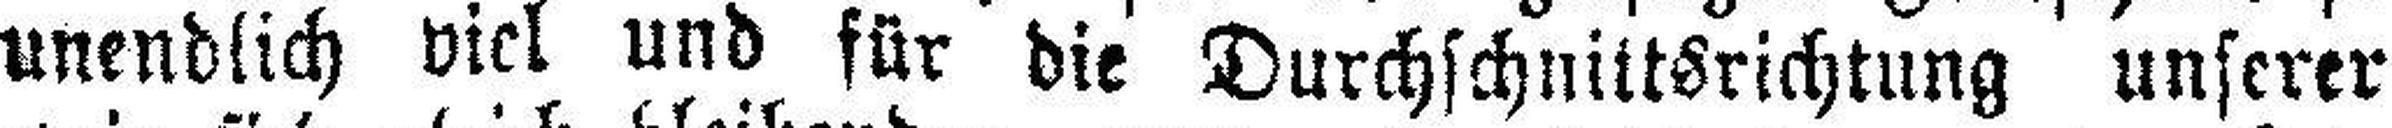
unendlich viel und für die Durchschnittsrichtung unserer